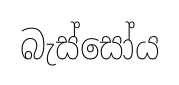
බැස්සෝය